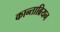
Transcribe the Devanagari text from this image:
कान्ताब्रियन